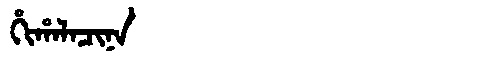
Manchu: ᡥᡳᡥᠠᠯᠠᠴᡳᠨᠠ
Romanization: HIHALACINA